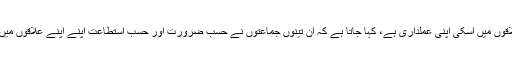
لیاری جیسے بدنام علاقوں میں اسکی اپنی عملداری ہے، کہا جاتا ہے کہ ان تینوں جماعتوں نے حسب ضرورت اور حسب استطاعت اپنے اپنے علاقوں میں گینگ بنا رکھے ہیں۔